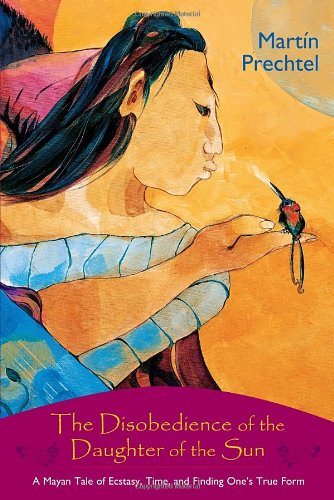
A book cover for The Disobedience of the Daughter of the Sun: A Mayan Tale of Ecstasy, Time, and Finding One's True Form; MartÃ­n Prechtel; Literature & Fiction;